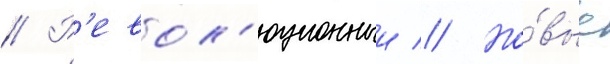
// Р'евол'юционныи // Но́вые